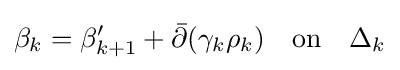
\beta _{k}=\beta '_{k+1}+{\bar {\partial }}(\gamma _{k}\rho _{k})\quad {\text{on}}\quad \Delta _{k}